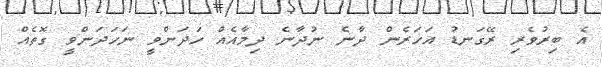
އެ ބިރުވެރި ރޭގަނޑު އަހަރެން ދާނެ ނުދާނެ ދިމާއެއް ހަަދަންވީ ނަހަދަންވީ ގޮތެއް